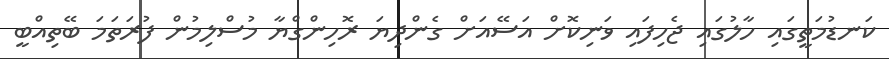
ކަނޑުމަތީގައި ހާލުގައި ޖެހިފައި ވަނިކޮށް އަސޭއަށް ގެންދިޔަ ރޮހިންގްޔާ މުސްލިމުން ފުރަތަމަ ބޭތިއްބީ